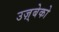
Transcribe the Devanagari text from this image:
उज़्बेको